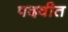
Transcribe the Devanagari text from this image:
पदवीत